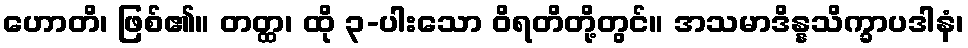
ဟောတိ၊ ဖြစ်၏။ တတ္ထ၊ ထို ၃-ပါးသော ဝိရတိတို့တွင်။ အသမာဒိန္နသိက္ခာပဒါနံ၊